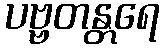
ပဗ္ဗတန္တရေ